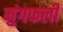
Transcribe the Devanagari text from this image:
मुंगफली